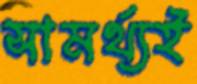
সামর্থ্যই